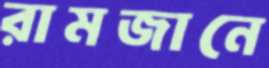
রামজানে